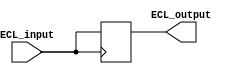
module ECL_buffer (
    input wire ECL_input,
    output reg ECL_output
);

always @ (posedge ECL_input) begin
    // Capture input signal
    ECL_output <= ECL_input;
end

endmodule